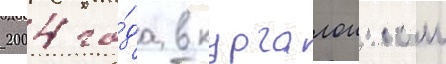
2004 го́да в курчалоиском